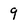
Character: 9